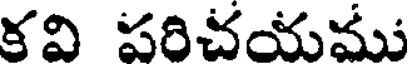
కవి పరిచయము